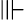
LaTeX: \Vvdash